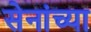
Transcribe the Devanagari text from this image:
सेनांच्या